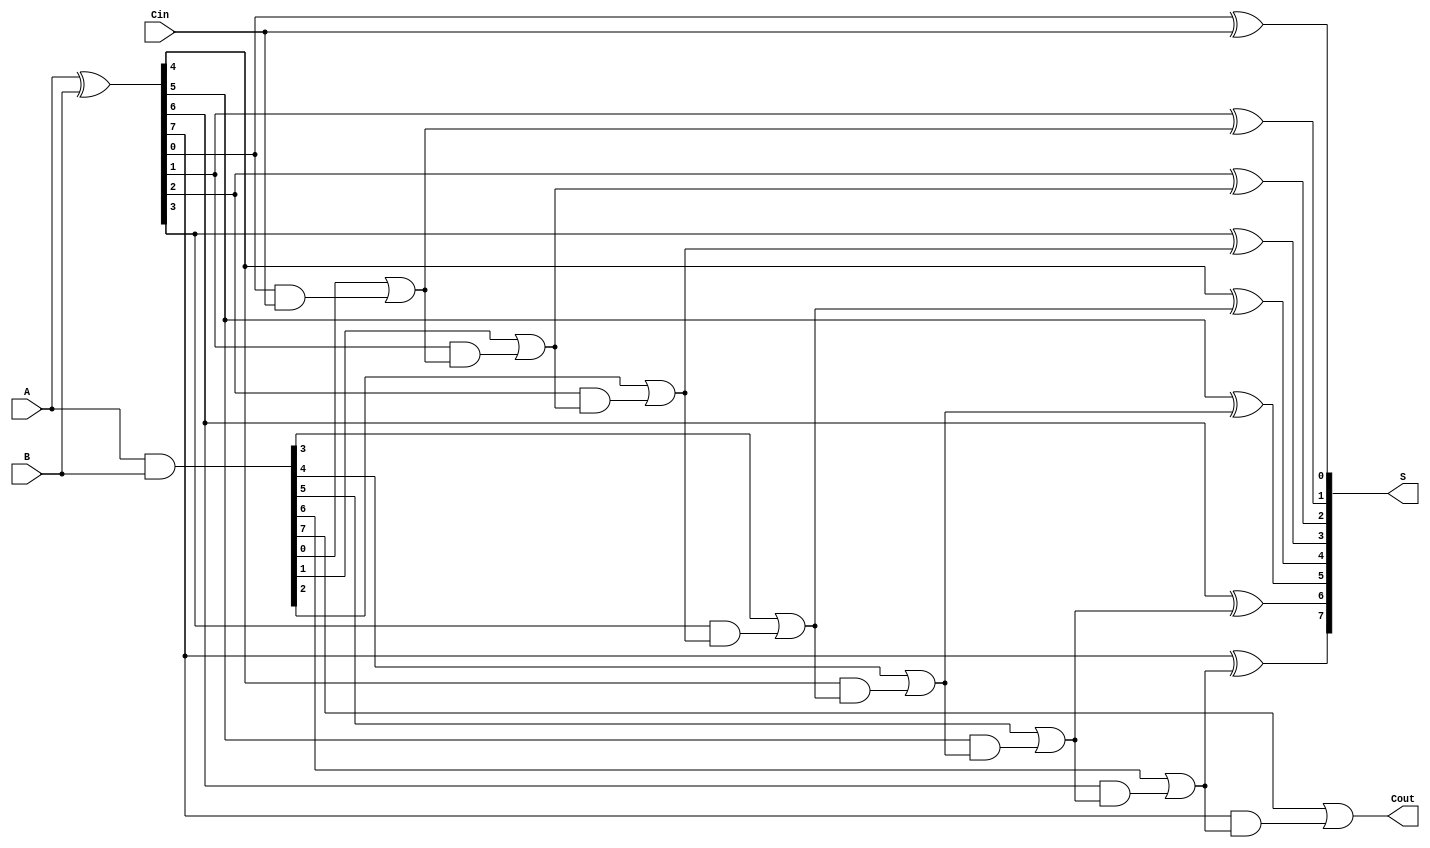
module KoggeStoneAdder #(parameter n = 8) (
    input  [n-1:0] A,      // First operand
    input  [n-1:0] B,      // Second operand
    input          Cin,     // Carry-in
    output [n-1:0] S,      // Sum output
    output         Cout     // Carry-out
);

    // Generate and propagate signals
    wire [n-1:0] G; // Generate
    wire [n-1:0] P; // Propagate
    wire [n:0] C;   // Carry signals

    // Generate and propagate calculations
    assign G = A & B;         // G[i] = A[i] & B[i]
    assign P = A ^ B;         // P[i] = A[i] ^ B[i]

    // Carry initialization
    assign C[0] = Cin;        // C[0] = Cin

    // Kogge-Stone carry generation
    genvar i, j;
    generate
        for (i = 0; i < n; i = i + 1) begin : carry_generation
            assign C[i+1] = G[i] | (P[i] & C[i]);
        end
    endgenerate

    // Sum calculation
    generate
        for (j = 0; j < n; j = j + 1) begin : sum_calculation
            assign S[j] = P[j] ^ C[j]; // S[i] = P[i] ^ C[i-1]
        end
    endgenerate

    // Carry-out
    assign Cout = C[n]; // Cout = C[n]

endmodule